Civil Veterinary Dept. Bombay admin report 1900-1906 - 1900-1906
Year: 1900
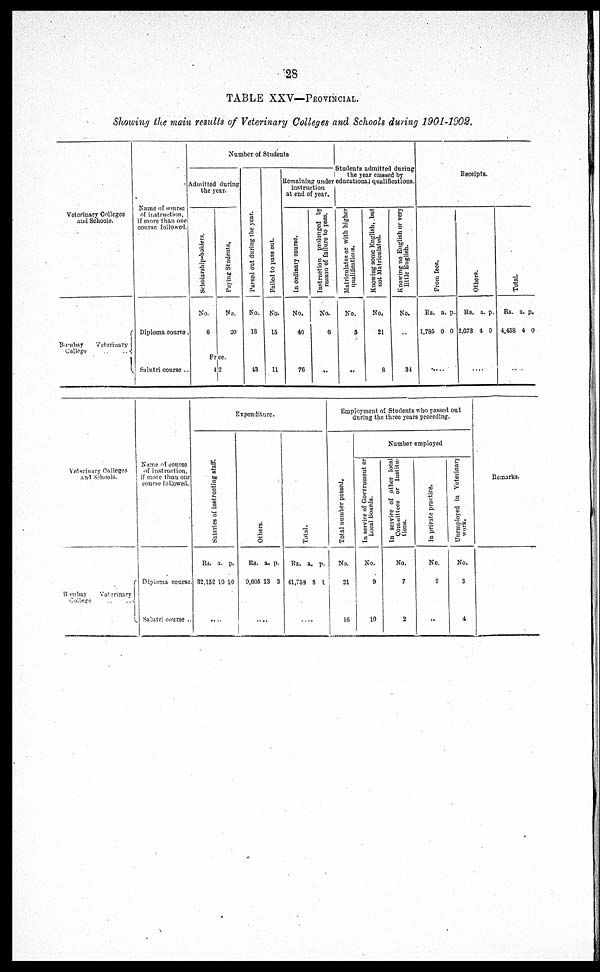
28
TABLE XXV—PROVINCIAL.
Showing the main results of Veterinary Colleges and Schools during 1901-1902.
Vetorinary Colleges
and Schools.
Bonkey
Veterinary
College.
Name of course
of instruction.
if more than one
course followed.
Diploma course.
Sulutri course.
Number of Students
Admitted during
the year.
Scholarship-holders.
No.
6
Paying Students.
No.
20
Free.
42
Parsed out dur i
ng the year
No.
18
13
Falled
to pass out.
No.
15
11
Remaining under
instruction
at end of year.
In ordinary course.
No.
40
76
Instruction prolonged by
reason of failure to pass.
No.
6
..
Students admitted during
the year classed by
educational qualifications.
Matriculate* or with higher
qualifications.
No.
5
..
Knowing some English,.but
not Matriculated.
No.
21
8
Knowing no English or very
little English.
No.
...
34
Receipts.
Fr om f ees.
Rs.
1,785
a.
0
p.
0
...
Ot her s .
RS.
2,073
a.
4
p.
0
....
Tot al .
Rs.
4,458
a.
4
p.
0
....
Veterinary Colleges
and
Schools.
Bombay
Veterimary
Cillegs
Name of course
of instruction.
if mare that our
course followed.
Diploma
course
Salutri course ..
Expenditure.
Salaries of instructing staff.
Rs.
32,152
a.
10
p.
10
....
Others.
Rs.
9,605
a.
13
p.
3
....
Total.
Rs.
41,758
a.
3
p.
1
....
Employment of Students who passed out
during the three years preceding.
Total number passed.
No.
21
16
Number employed
In service of Government or
Local Boards.
No.
9
10
In service of other local
Committees or Institu-
tions.
No.
7
2
In private practice.
No.
2
...
Unemployed in Veterinary
work.
No.
3
4
Remarks.